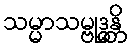
သမ္မာသမ္ဗုဒ္ဓန္တိ